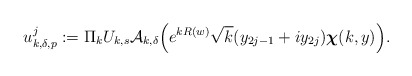
\begin{align*}&u^j_{k,\delta,p}:=\Pi_kU_{k,s}\mathcal{A}_{k,\delta}\Bigl(e^{kR(w)}\sqrt{k}(y_{2j-1}+iy_{2j})\boldsymbol{\chi}(k,y)\Bigr).\end{align*}